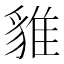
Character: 𧳞